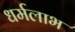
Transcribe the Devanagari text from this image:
धर्मलाभ